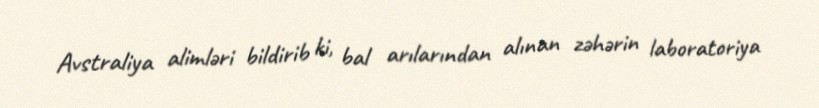
Avstraliya alimləri bildirib ki, bal arılarından alınan zəhərin laboratoriya